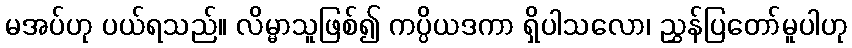
မအပ်ဟု ပယ်ရသည်။ လိမ္မာသူဖြစ်၍ ကပ္ပိယဒကာ ရှိပါသလော၊ ညွှန်ပြတော်မူပါဟု